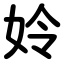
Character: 姈